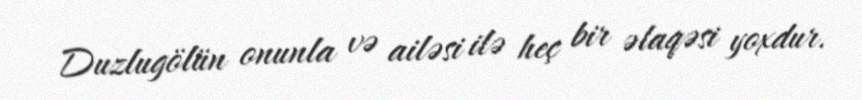
Duzlugölün onunla və ailəsi ilə heç bir əlaqəsi yoxdur.